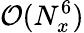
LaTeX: \mathcal{O}(N_{x}^{6})